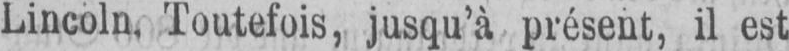
Lincoln, Toutefois, jusqu’à présent, il est